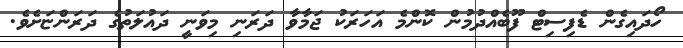
ހޯދައިގެން ޑެފިސިޓް ފޫބެއްދުމުން ކޮންމެ އަހަރަކު ޖަމާވާ ދަރަނި މިވަނީ ދައުލަތުގެ ދަރަންޏަށެވެ.